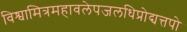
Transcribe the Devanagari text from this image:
विश्वामित्रमहावलेपजलधिप्रोद्यत्तपो